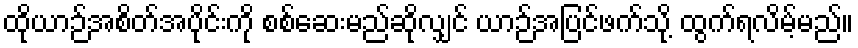
ထိုယာဉ်အစိတ်အပိုင်းကို စစ်ဆေးမည်ဆိုလျှင် ယာဉ်အပြင်ဖက်သို့ ထွက်ရလိမ့်မည်။